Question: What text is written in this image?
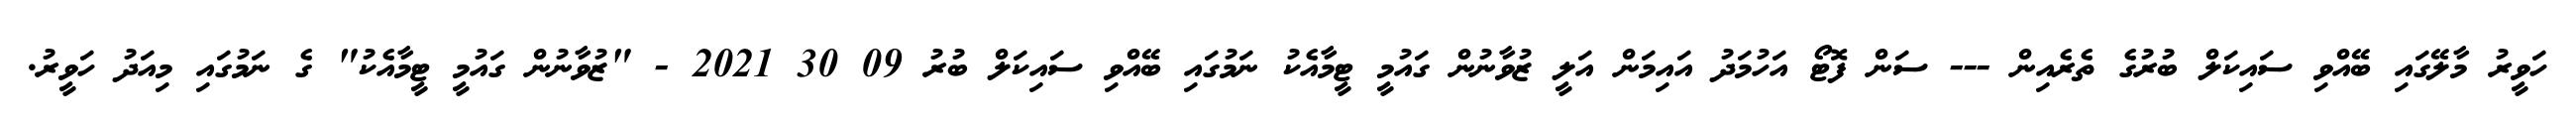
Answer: ހަވީރު މާލޭގައި ބޭއްވި ސައިކަލް ބުރުގެ ތެރެއިން --- ސަން ފޮޓޯ އަހުމަދު އައިމަން އަލީ ޒުވާނުން ގައުމީ ޓީމާއެކު ނަމުގައި ބޭއްވި ސައިކަލް ބުރު 09 30 2021 - "ޒުވާނުން ގައުމީ ޓީމާއެކު" ގެ ނަމުގައި މިއަދު ހަވީރު.